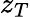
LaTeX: z_{T}